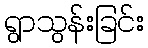
ရွာသွန်းခြင်း